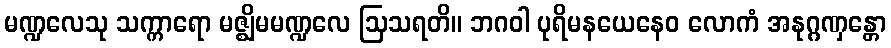
မဏ္ဍလေသု သက္ကာရော မဇ္ဈိမမဏ္ဍလေ ဩသရတိ။ ဘဂဝါ ပုရိမနယေနေဝ လောကံ အနုဂ္ဂဏှန္တော